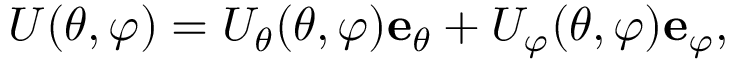
U ( \theta , \varphi ) = U _ { \theta } ( \theta , \varphi ) \mathbf { e } _ { \theta } + U _ { \varphi } ( \theta , \varphi ) \mathbf { e } _ { \varphi } ,